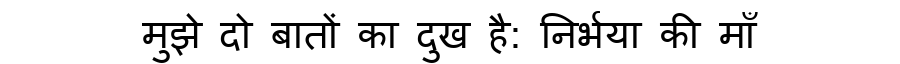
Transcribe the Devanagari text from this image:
मुझे दो बातों का दुख है: निर्भया की माँ